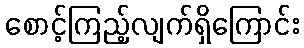
စောင့်ကြည့်လျက်ရှိကြောင်း